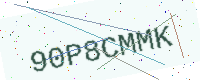
Text: 90P8CMMK